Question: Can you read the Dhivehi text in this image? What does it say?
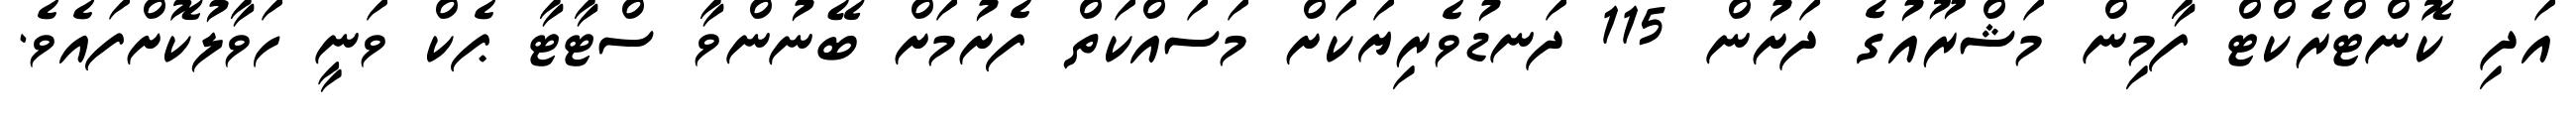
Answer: އަދި ކޮންޓްރެކްޓް ފާމިން މަޝްރޫއުގެ ދަށުން 115 ދަނޑުވެރިޔަކަށް މަސައްކަތް ފެށުމަށް ބޭނުންވާ ސްޓާޓާ ޕެކް ވަނީ ހަވާލުކޮށްފައެވެ.